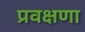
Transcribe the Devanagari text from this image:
प्रवक्षणा